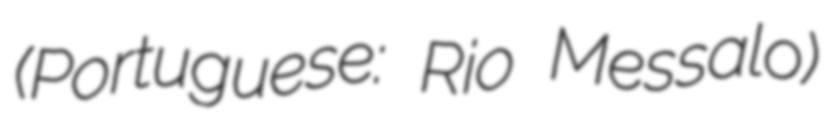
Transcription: (Portuguese: Rio Messalo)